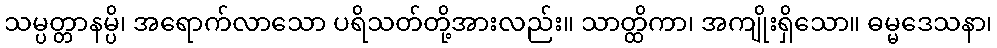
သမ္ပတ္တာနမ္ပိ၊ အရောက်လာသော ပရိသတ်တို့အားလည်း။ သာတ္ထိကာ၊ အကျိုးရှိသော။ ဓမ္မဒေသနာ၊